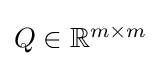
{\textstyle Q\in \mathbb {R} ^{m\times m}}